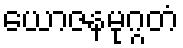
ယောဇနမုဂ္ဂတံ